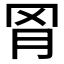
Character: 𬚰